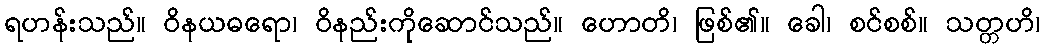
ရဟန်းသည်။ ဝိနယဓရော၊ ဝိနည်းကိုဆောင်သည်။ ဟောတိ၊ ဖြစ်၏။ ခေါ၊ စင်စစ်။ သတ္တဟိ၊